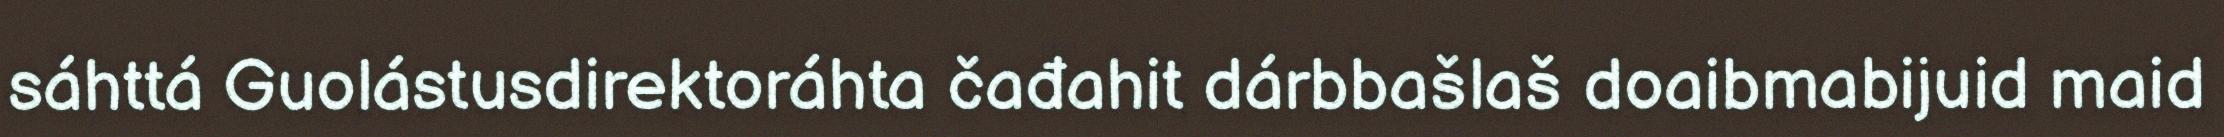
sáhttá Guolástusdirektoráhta čađahit dárbbašlaš doaibmabijuid maid